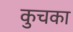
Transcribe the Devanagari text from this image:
कुचका